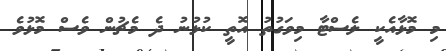
މި މޮޅާއެކީ ލެސްޓާ މިވަގުތު އޮތީ ކުޅުނު ދެ މެޗުން ވެސް މޮޅުވެ